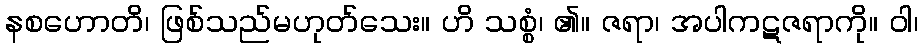
နစဟောတိ၊ ဖြစ်သည်မဟုတ်သေး။ ဟိ သစ္စံ၊ ၏။ ဇရာ၊ အပါကဋဇရာကို။ ဝါ၊